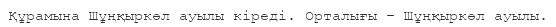
Құрамына Шұңқыркөл ауылы кіреді. Орталығы – Шұңқыркөл ауылы.